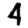
Digit: 4